Report on the bubonic plague in Bombay, 1896-1897
Year: 1896
Disease focus: Plague
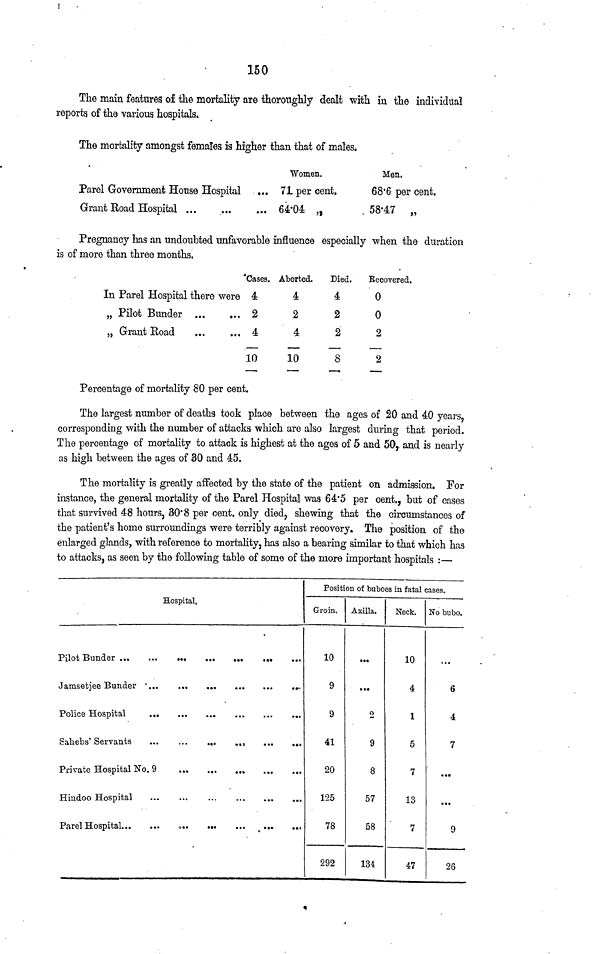
150
The main features of the mortality are thoroughly dealt with in the individual
reports of the various hospitals.
The mortality amongst females is higher than that of males.
Parel Government House Hospital
Grant Road Hospital ...
Women.
... 71 per cent.
... 64.04 „
Men.
68.6 per cent.
58.47 „
Pregnancy has an undoubted unfavorable influence especially when the duration
is of more than three months.
In Parel Hospital there were
„ Pilot Bunder
„ Grant Road
Cases.
4
2
4
10
Aborted.
4
2
4
10
Died.
4
2
2
S
Recovered.
0
0
2
2
Percentage of mortality 80 per cent.
The largest number of deaths took place between the ages of 20 and 40 years.
corresponding with the number of attacks which are also largest during that period.
The percentage of mortality to attack is highest at the ages of 5 and 50, and is nearly
as high between the ages of 30 and 45.
The mortality is greatly affected by the state of the patient on admission. For
instance, the general mortality of the Parel Hospital was 64.5 per cent., but of cases
that survived 48 hours, 30.8 per cent. only died, shewing that the circumstances of
the patient's home surroundings were terribly against recovery. The position of the
enlarged glands, with reference to mortality, has also a bearing similar to that which has
to attacks, as seen by the following table of some of the more important hospitals :—
Hospital.
Private Hospital No. 9
Hindoo Hospital...
...
Position of bubo 38 in fatal (:ases.
Groin.
10
9
9
41
20
125
78
292
Axilla.
...
...
o
9
8
57
58
134
Neck.
10
4
1
5
7
13
7
47
No bubo.
6
4
7
...
...
9
26